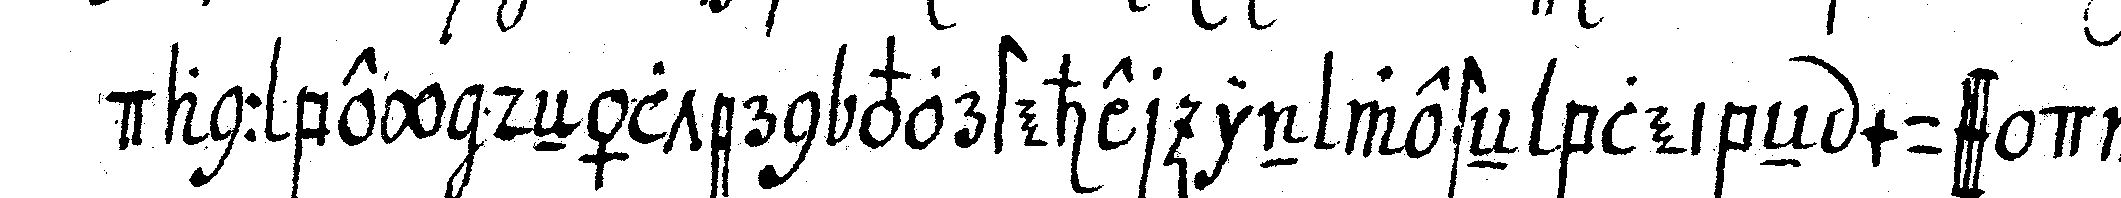
dann bey deNältern vorsteher in westeN bleibeN muss da